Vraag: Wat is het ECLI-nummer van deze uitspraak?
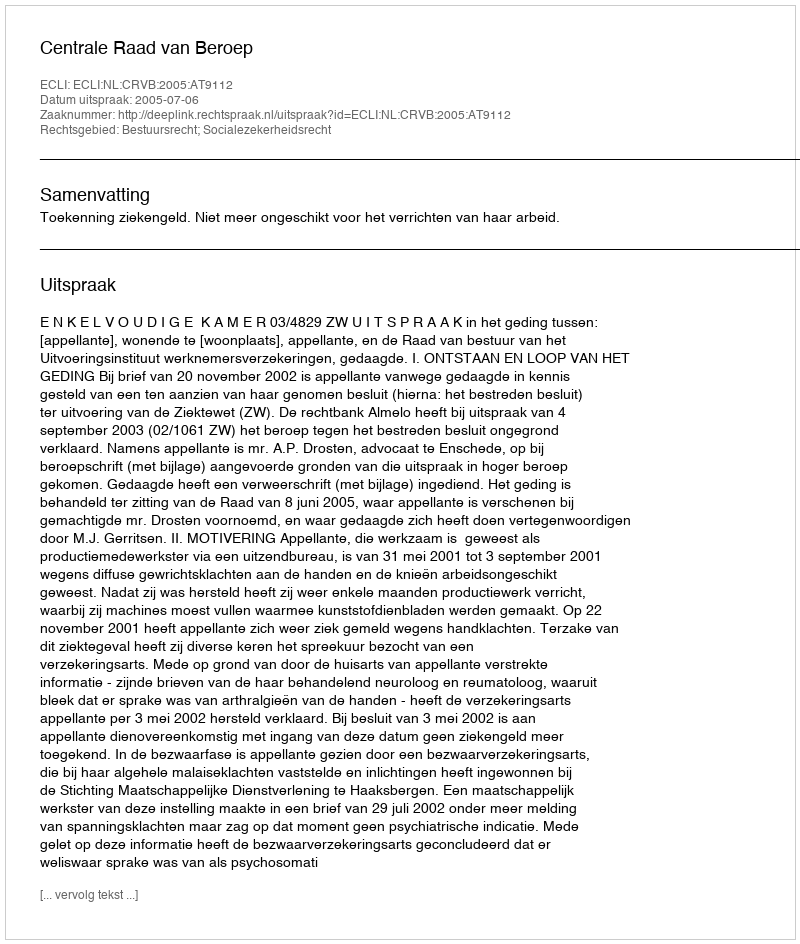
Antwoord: ECLI:NL:CRVB:2005:AT9112